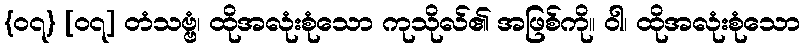
{၀၇} [၀၇] တံသဗ္ဗံ၊ ထိုအလုံးစုံသော ကုသိုလ်၏ အဖြစ်ကို။ ဝါ၊ ထိုအလုံးစုံသော